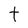
Character: t